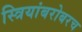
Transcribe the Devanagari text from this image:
स्त्रियांबरोबरच